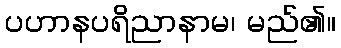
ပဟာနပရိညာနာမ၊ မည်၏။